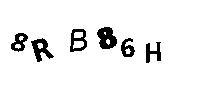
8RB86H